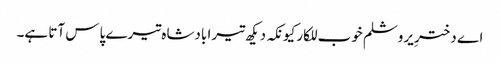
اے دخترِ یروشلم خوب للکار کیونکہ دیکھ تیرا بادشاہ تیرے پاس آتا ہے۔